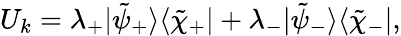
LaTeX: U_{k}=\lambda_{+}|\tilde{\psi}_{+}\rangle\langle\tilde{\chi}_{+}|+\lambda_{-}|\tilde{\psi}_{-}\rangle\langle\tilde{\chi}_{-}|,